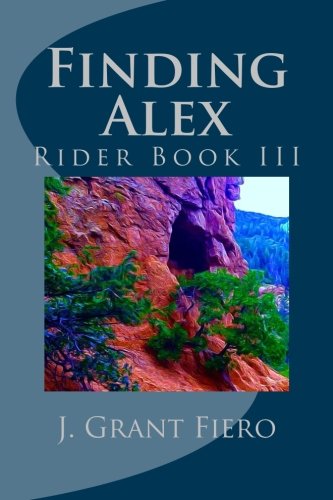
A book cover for Finding Alex: Rider Book III (Waking the Rider) (Volume 3); J. Grant Fiero; Science Fiction & Fantasy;